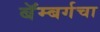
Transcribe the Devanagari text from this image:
बॅम्बर्गचा